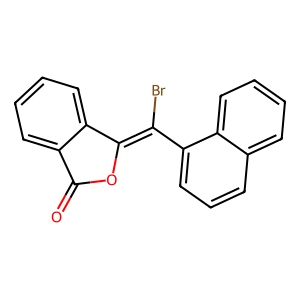
SMILES: O=C1OC(=C(Br)c2cccc3ccccc23)c2ccccc21
Inhibits HIV replication: No